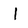
Character: I